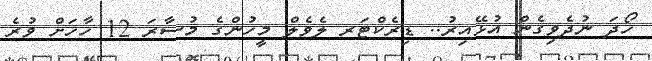
ހޯދަ ނުދެވިގެން އުޅޭއިރު.. ޑިރެކްޓަރ ލެވެލް މީހުންގެ މުސާރަ 12 ހާހަށް ވުރެ